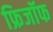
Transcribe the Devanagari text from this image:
फ्रिजॉफ